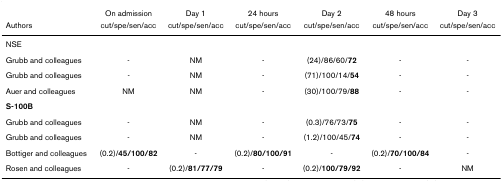
|  | On admission | Day 1 | 24 hours | Day 2 | 48 hours | Day 3 |
 | Authors | cut/spe/sen/acc | cut/spe/sen/acc | cut/spe/sen/acc | cut/spe/sen/acc | cut/spe/sen/acc | cut/spe/sen/acc |
 | --- | --- | --- | --- | --- | --- | --- |
 | NSE |  |  |  |  |  |  |
 | Grubb and colleagues | - | NM | - | (24)/86/60/72 | - | - |
 | Grubb and colleagues | - | NM | - | (71)/100/14/54 | - | - |
 | Auer and colleagues | NM | NM | - | (30)/100/79/88 | - | - |
 | S-100B |  |  |  |  |  |  |
 | Grubb and colleagues | - | NM | - | (0.3)/76/73/75 | - | - |
 | Grubb and colleagues | - | NM | - | (1.2)/100/45/74 | - | - |
 | Bottiger and colleagues | (0.2)/45/100/82 | - | (0.2)/80/100/91 | - | (0.2)/70/100/84 | - |
 | Rosen and colleagues | - | (0.2)/81/77/79 | - | (0.2)/100/79/92 | - | NM |